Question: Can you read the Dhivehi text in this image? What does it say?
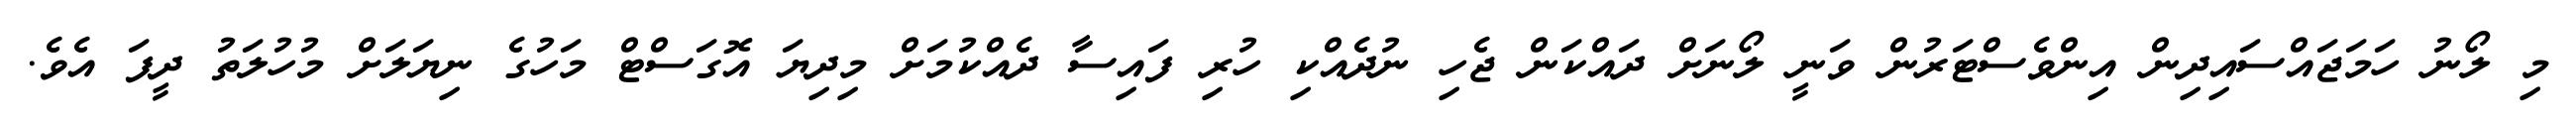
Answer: މި ލޯނު ހަމަޖައްސައިދިން އިންވެސްޓަރުން ވަނީ ލޯނަށް ދައްކަން ޖެހި ނުދެއްކި ހުރި ފައިސާ ދެއްކުމަށް މިދިޔަ އޮގަސްޓް މަހުގެ ނިޔަލަށް މުހުލަތު ދީފަ އެވެ.